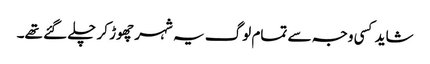
شاید کسی وجہ سے تمام لوگ یہ شہر چھوڑ کر چلے گئے تھے۔